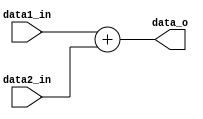
module Adder
(
    data1_in,
    data2_in,
    data_o
);

// Ports
input   [31:0]      data1_in;
input   [31:0]      data2_in;
output  [31:0]      data_o;

assign data_o = data1_in + data2_in;

endmodule